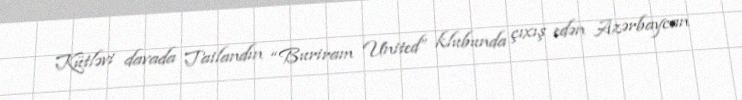
Kütləvi davada Tailandın “Buriram United” klubunda çıxış edən Azərbaycan